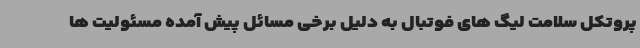
پروتکل سلامت لیگ های فوتبال به دلیل برخی مسائل پیش آمده مسئولیت ها